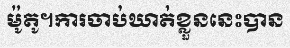
ម៉ូតូ។ការចាប់ឃាត់ខ្លួននេះបាន